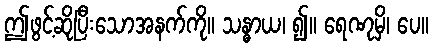
ဤဖွင့်ဆိုပြီးသောအနက်ကို။ သန္ဓာယ၊ ၍။ ရေဏုမှိ၊ ပေ။